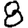
Digit: 8